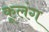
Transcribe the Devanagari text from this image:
कूलंग